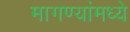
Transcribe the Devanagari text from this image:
मागण्यांमध्ये